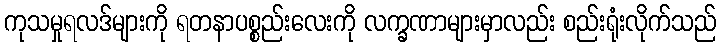
ကုသမှုရလဒ်များကို ရတနာပစ္စည်းလေးကို လက္ခဏာများမှာလည်း စည်းရုံးလိုက်သည်